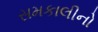
સમકાલીનો